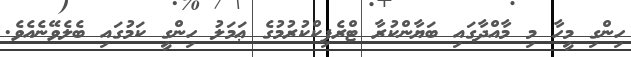
ހިންގި މީހާ މި މާއްދާގައި ބަޔާންކުރާ ޓްރެފިކްކުރުމުގެ ޢަމަލު ހިންގީ ކަމުގައި ބެލެވޭނެއެވެ.